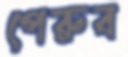
পেরুব